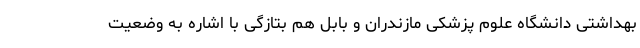
بهداشتی دانشگاه علوم پزشکی مازندران و بابل هم بتازگی با اشاره به وضعیت